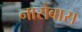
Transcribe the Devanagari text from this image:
नारोबास